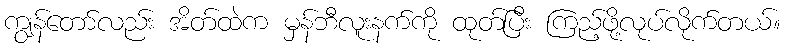
ကျွန်တော်လည်း အိတ်ထဲက မှန်ဘီလူးနက်ကို ထုတ်ပြီး ကြည့်ဖို့လုပ်လိုက်တယ်။